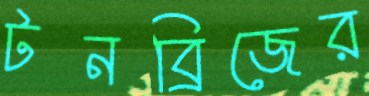
টনব্রিজের